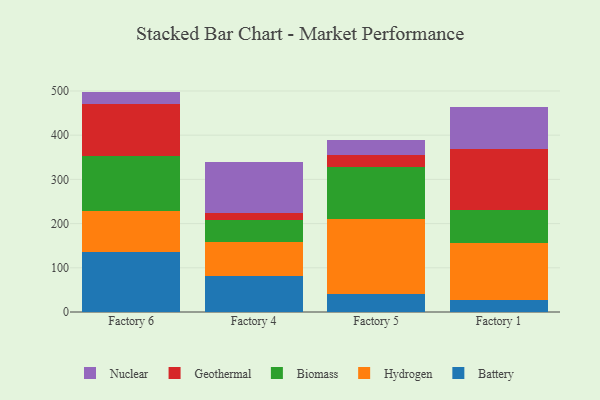
{"axis": {"x": "Factory", "y": "Operating Costs (USD K)"}, "legend": ["Battery", "Biomass", "Geothermal", "Hydrogen", "Nuclear"], "data": [{"x": "Factory 6", "y": 134.8, "type": "Battery"}, {"x": "Factory 6", "y": 93.5, "type": "Hydrogen"}, {"x": "Factory 6", "y": 124.3, "type": "Biomass"}, {"x": "Factory 6", "y": 118.5, "type": "Geothermal"}, {"x": "Factory 6", "y": 27.5, "type": "Nuclear"}, {"x": "Factory 4", "y": 82.0, "type": "Battery"}, {"x": "Factory 4", "y": 77.4, "type": "Hydrogen"}, {"x": "Factory 4", "y": 49.1, "type": "Biomass"}, {"x": "Factory 4", "y": 14.7, "type": "Geothermal"}, {"x": "Factory 4", "y": 117.2, "type": "Nuclear"}, {"x": "Factory 5", "y": 41.3, "type": "Battery"}, {"x": "Factory 5", "y": 169.7, "type": "Hydrogen"}, {"x": "Factory 5", "y": 117.4, "type": "Biomass"}, {"x": "Factory 5", "y": 26.5, "type": "Geothermal"}, {"x": "Factory 5", "y": 35.0, "type": "Nuclear"}, {"x": "Factory 1", "y": 27.6, "type": "Battery"}, {"x": "Factory 1", "y": 128.8, "type": "Hydrogen"}, {"x": "Factory 1", "y": 73.9, "type": "Biomass"}, {"x": "Factory 1", "y": 138.8, "type": "Geothermal"}, {"x": "Factory 1", "y": 93.9, "type": "Nuclear"}]}